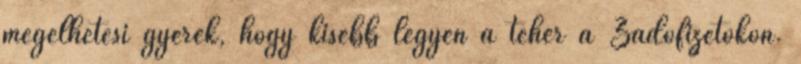
megélhetési gyerek, hogy kisebb legyen a teher a Zadófizetőkön.